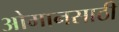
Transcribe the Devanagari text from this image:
ओमानसाठी